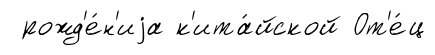
рожд'е́н'иjа к'ита́йской От'е́ц